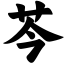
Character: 芩